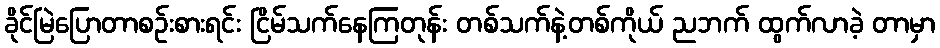
ခိုင်မြဲပြောတာစဉ်းစားရင်း ငြိမ်သက်နေကြတုန်း တစ်သက်နဲ့တစ်ကိုယ် ညဘက် ထွက်လာခဲ့ တာမှာ